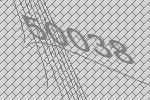
50038